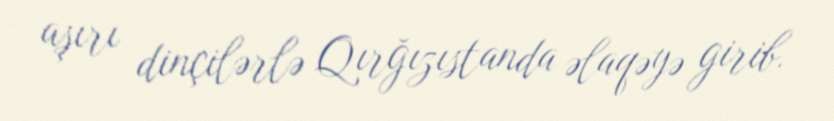
aşırı dinçilərlə Qırğızıstanda əlaqəyə girib.